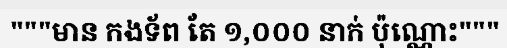
"""មាន កងទ័ព តែ ១,០០០ នាក់ ប៉ុណ្ណោះ"""